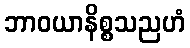
ဘာဝယာနိစ္စသညဟံ